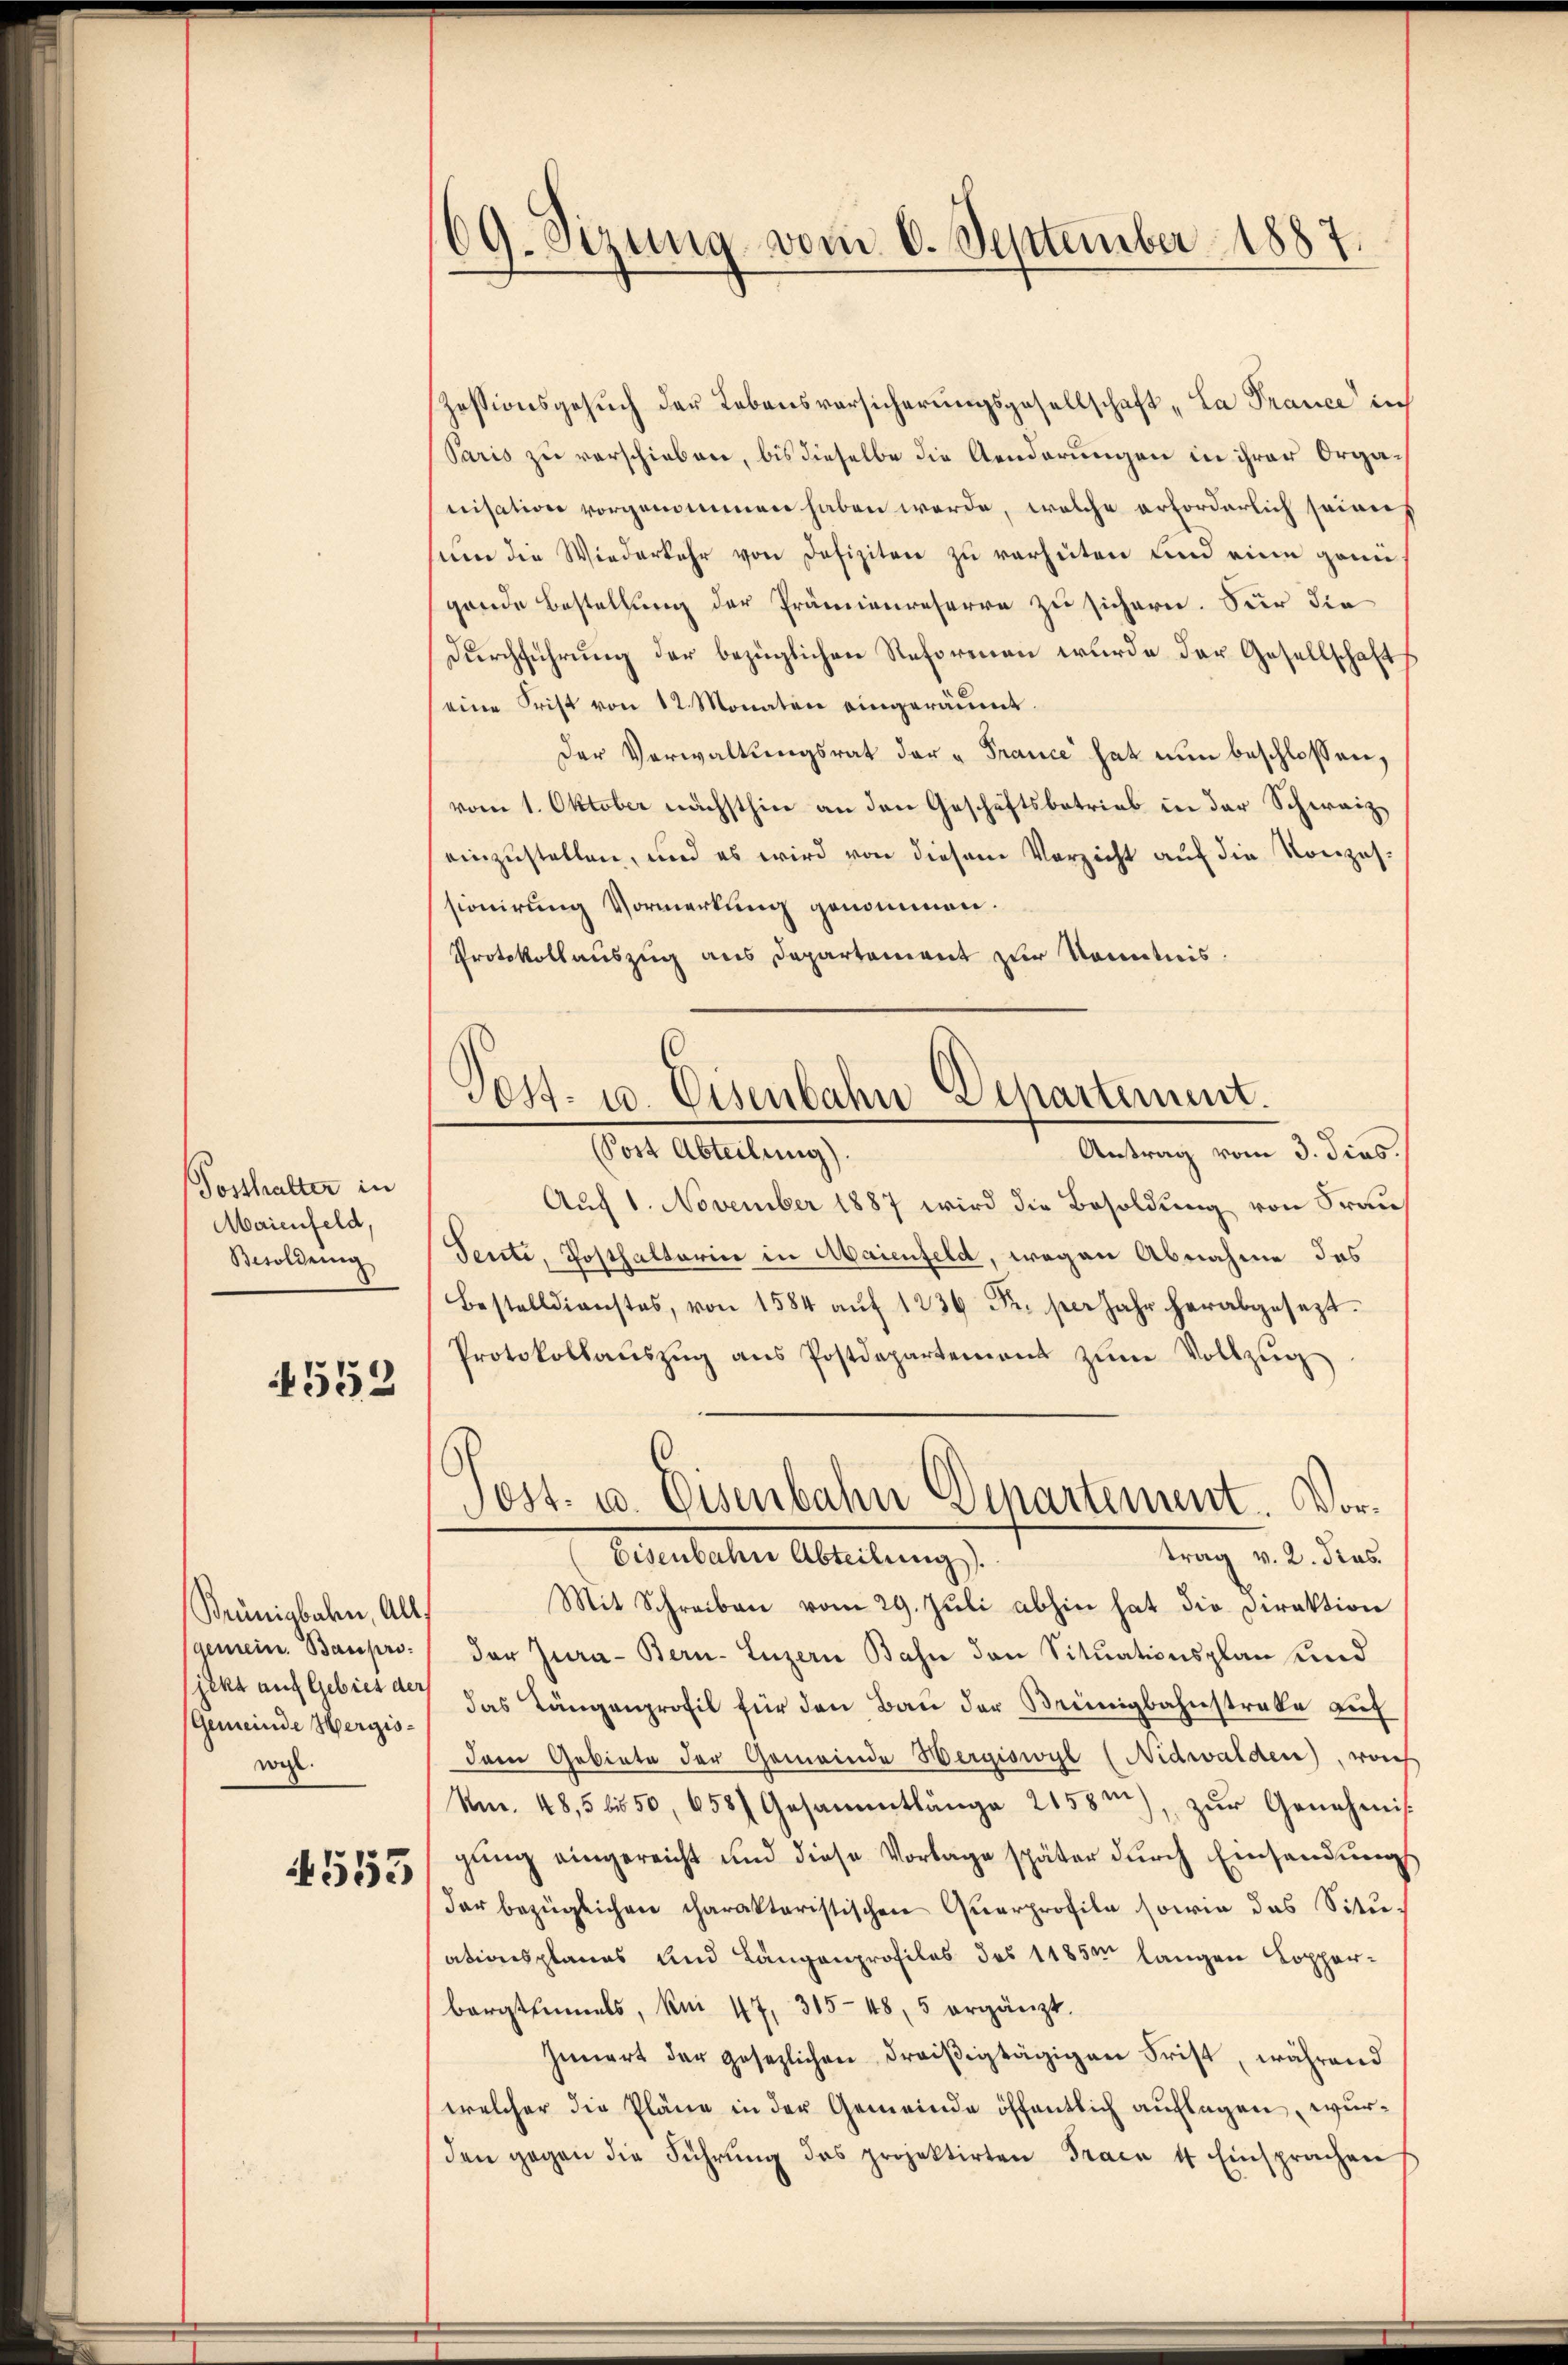
Posthalter in
Maienfeld,
Besoldung

552

Brünigbahn, All
gemein. Bauprojekt auf Gebiet der
Gemeinde Hergiswgl.

4553

169. Sizung vom 6. September 1887.

Zessionsgesuch der Lebensvorsicherungsgesellschaft „La Prance in
Paris zu verschieben, bis dieselbe die Aenderungen in ihrer Organisation vorgenommen haben werde, welche erforderlich seines
sum die Wiederkehr von Defiziten zu verhüten und eine grüngende Bestellung der Prämienreserre zu sichern. Sur die
Durchführung der bezüglichen Reformen wurde der Gesellschaft
eine Frist von 12 Monaten eingeräumt.
Der Verwaltungsrat der „France hat nun beschlossen,
vom 1. Oktober nächsthier an den Geschäftsbetrieb in der Schwaizeinzustellen, und es wird von diesem Verzicht auf die Konzes.
sionirung Vormerkung genommen.
Protokollauszug aus Departement zur Kenntnis.
(Post Abteilung).
Antrag vom 3. dies
Auf 1. November 1887 wird die Besoldung von Frau
Sente, Posthalterin in Maienfeld, wegen Abnahme des
Bestelldienstes, von 1584 aŭf 1236 Fr. per Jahr herabgesezt.
Protokollaŭszŭg ans Postdepartement zŭm Vollzŭg
C
Post- u. Eisenbahn Departement. Vortrag v. 2. Prus.
Eisenbahn Abteilung.
Mit Schreiben vom 29. Juli abhin hat die Direktion
der Jura - Bern. Luzern Bahn den Situationsplan und
das Längenprofil für den Bau der Brünigbahnstreke auf
dem Gebiete der Gemeinde Wergiswyl (Nidwalden), woch
Nm. 485 bis 50, 658. Gesammtlänge 2158m), zŭr Genehmis-
gŭng eingereicht und diese Vorlage später dŭrch Einsendŭngs
dar bezüglichen charakteristischen Quarprofile sowie das Situ-
ationsplanes und Längenprofiles des 1185m langen Kopperborgteimels, kni 47, 315-48, 5 ergänzt.
Innert der gesezlichen dreiβigtägigen Frist, während
welcher die Pläne in der Gemeinde öffentlich auflagen wurden gegen die Führŭng des projektirten Fraca 4 Einsprachen

Pest. 10. Eisenbahn Departement.